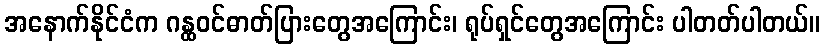
အနောက်နိုင်ငံက ဂန္ထဝင်ဓာတ်ပြားတွေအကြောင်း၊ ရုပ်ရှင်တွေအကြောင်း ပါတတ်ပါတယ်။